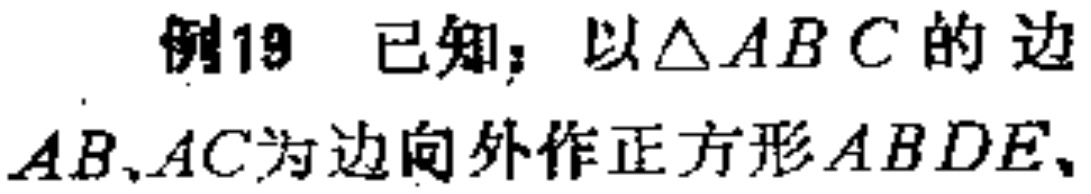
例19 已知：以$\triangle ABC$的边$AB、AC$为边向外作正方形$ABDE、$